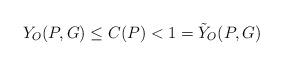
LaTeX: \begin{align*} Y_O (P , G) \leq C(P) < 1 = \tilde{Y}_O (P,G) \end{align*}